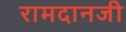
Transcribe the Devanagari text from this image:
रामदानजी